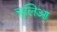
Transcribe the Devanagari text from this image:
चुलिआ